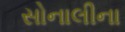
સોનાલીના